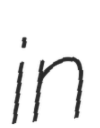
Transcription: in